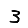
Digit: 3